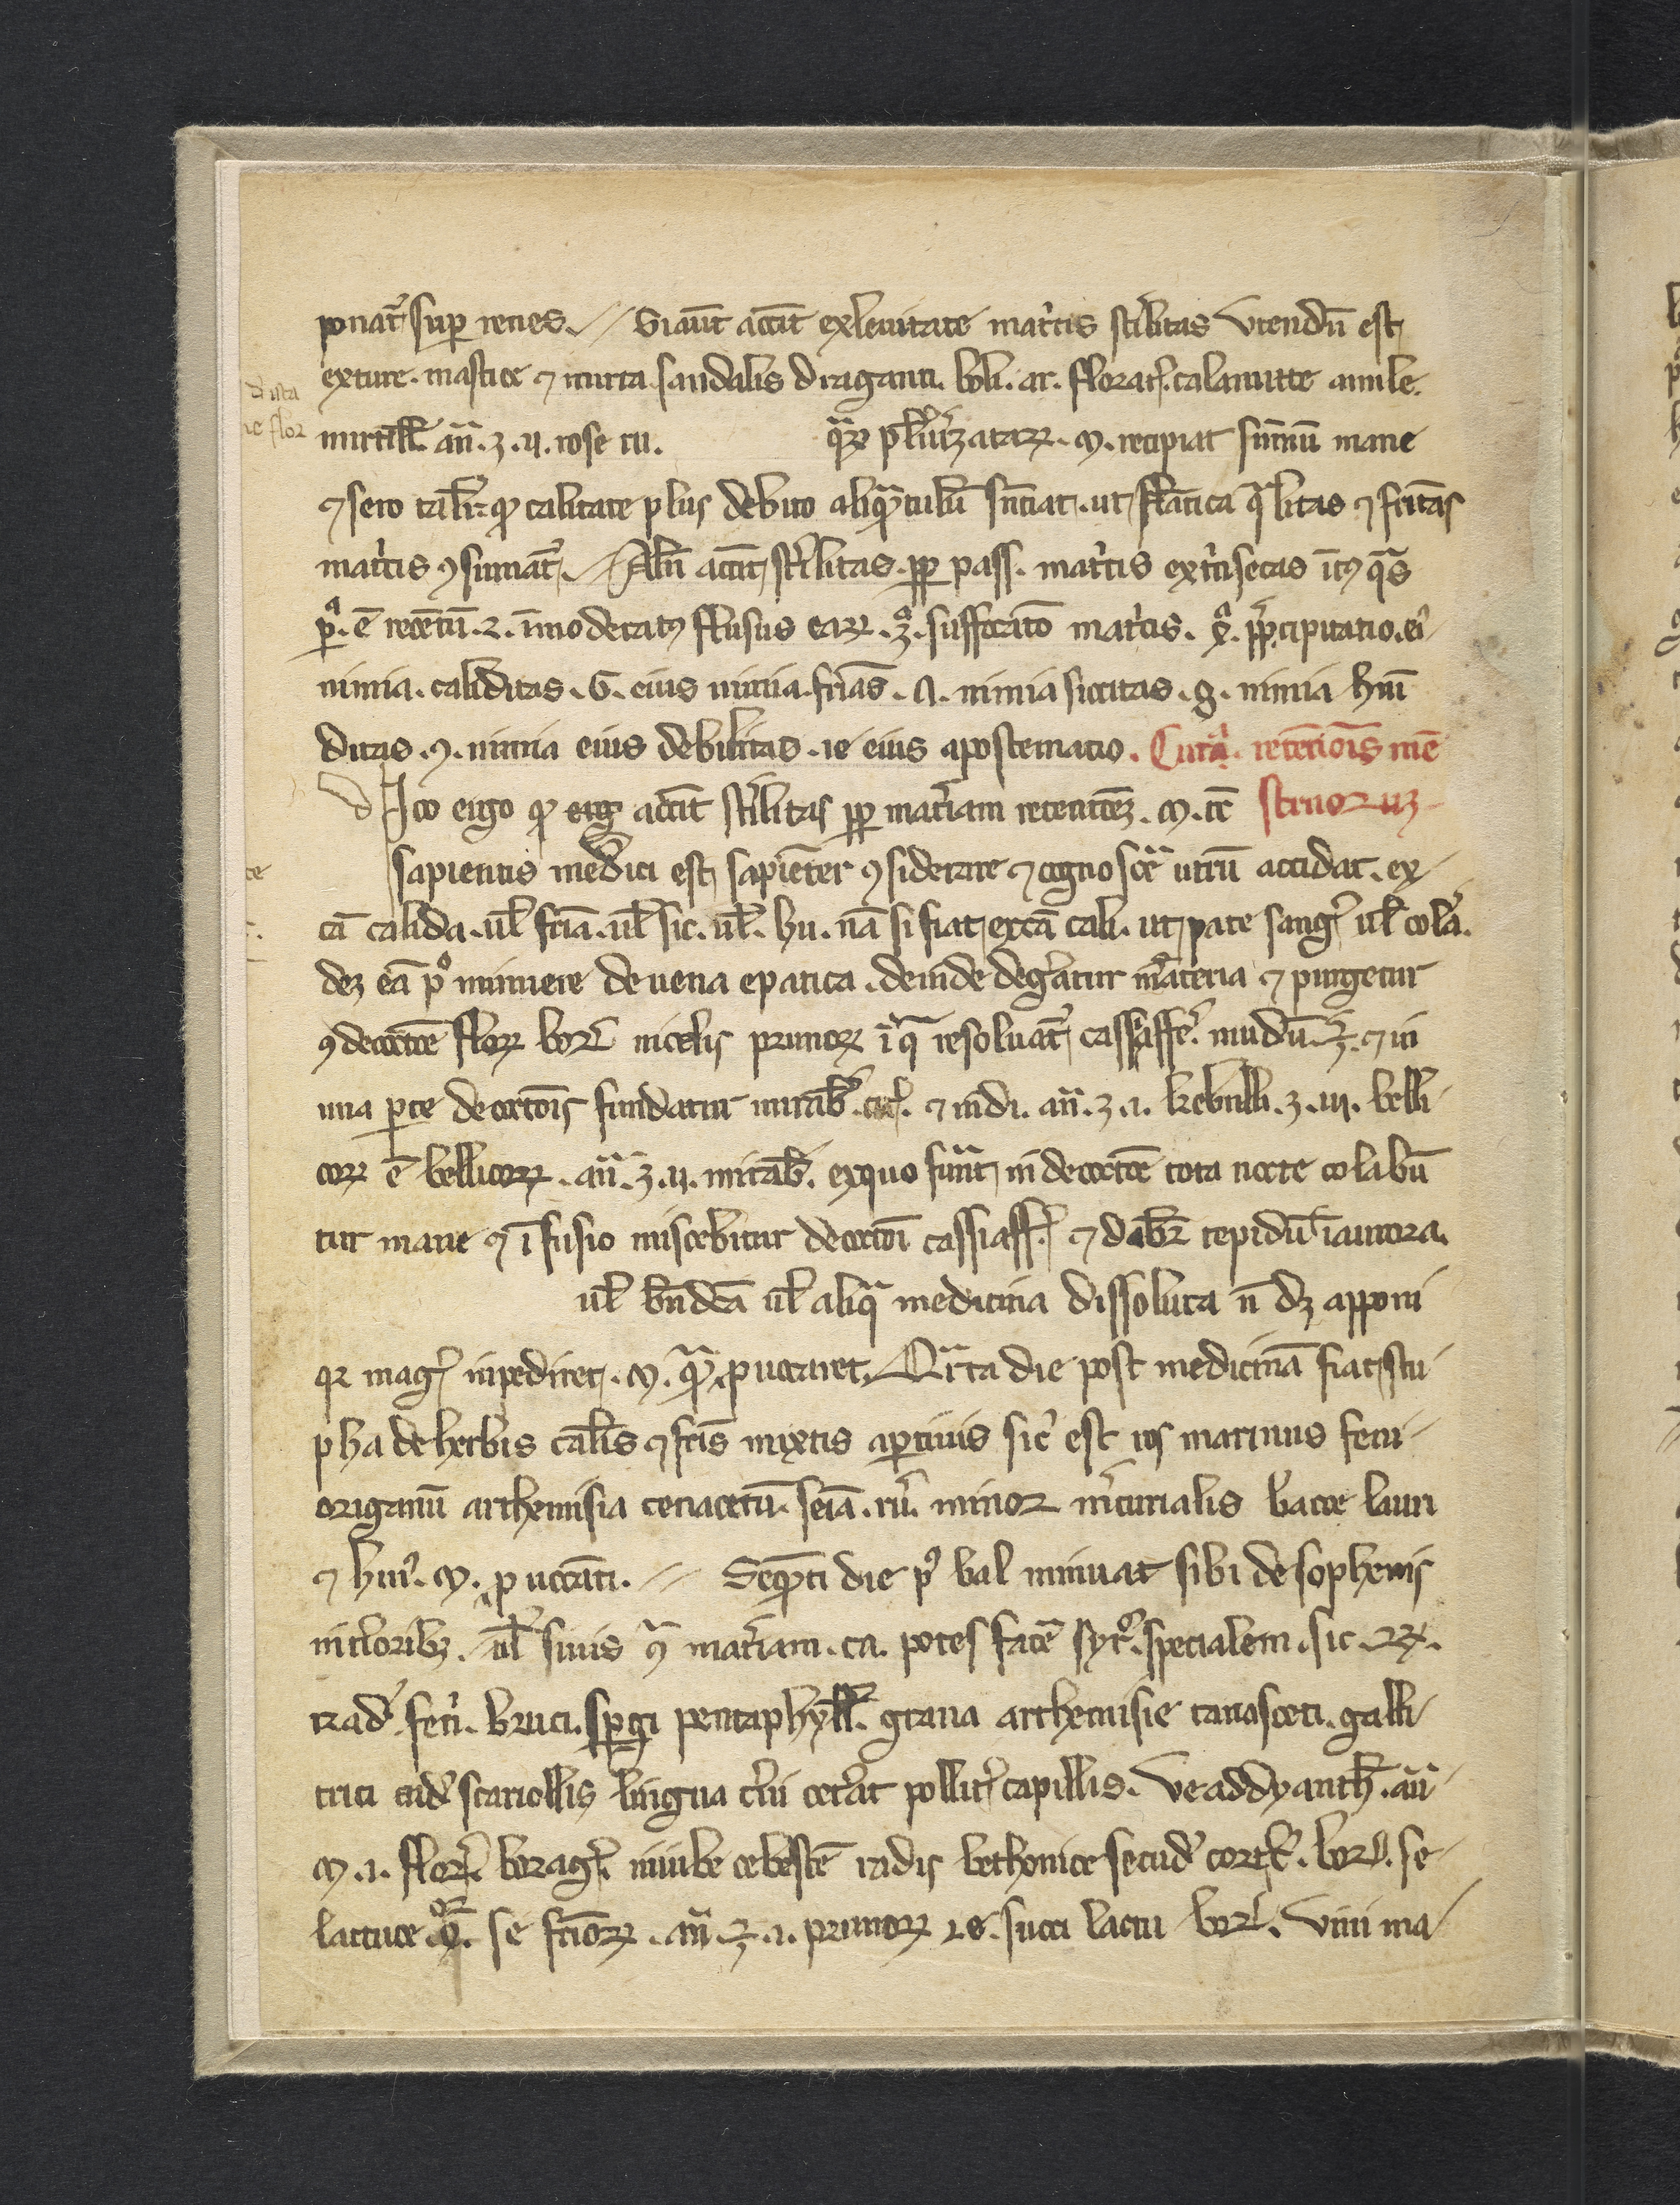
Shelfmark: Philadelphia, College of Physicians, 10a 135
Century: 14